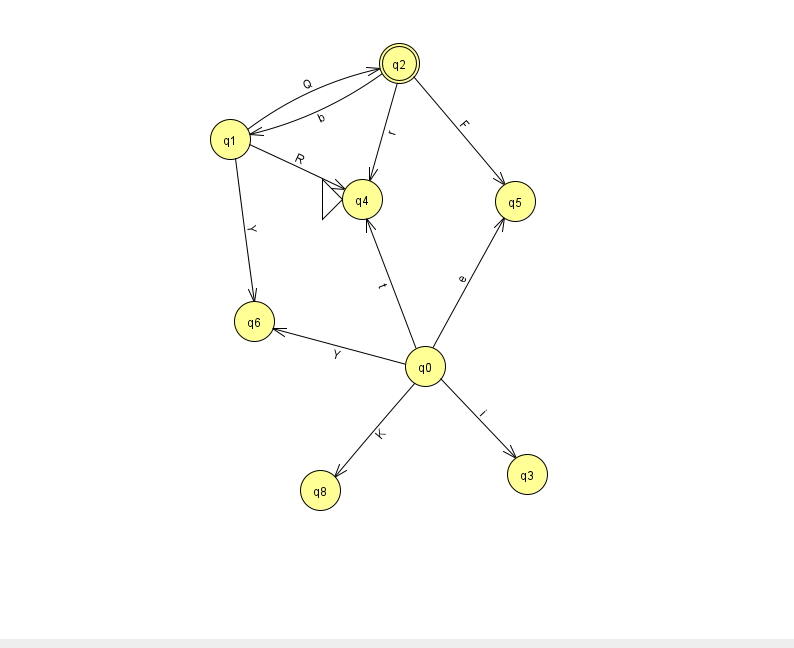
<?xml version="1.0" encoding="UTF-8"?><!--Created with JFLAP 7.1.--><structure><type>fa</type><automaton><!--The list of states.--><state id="0" name="q0"><x>425.0</x><y>353.0</y></state><state id="1" name="q1"><x>230.0</x><y>126.0</y></state><state id="2" name="q2"><x>399.0</x><y>50.0</y><final/></state><state id="3" name="q3"><x>527.0</x><y>461.0</y></state><state id="4" name="q4"><x>362.0</x><y>186.0</y><initial/></state><state id="5" name="q5"><x>515.0</x><y>188.0</y></state><state id="6" name="q6"><x>254.0</x><y>308.0</y></state><state id="8" name="q8"><x>320.0</x><y>477.0</y></state><!--The list of transitions.--><transition><from>1</from><to>2</to><read>Q</read></transition><transition><from>1</from><to>6</to><read>Y</read></transition><transition><from>0</from><to>4</to><read>t</read></transition><transition><from>2</from><to>1</to><read>b</read></transition><transition><from>0</from><to>8</to><read>K</read></transition><transition><from>2</from><to>5</to><read>F</read></transition><transition><from>0</from><to>6</to><read>Y</read></transition><transition><from>0</from><to>3</to><read>i</read></transition><transition><from>0</from><to>5</to><read>e</read></transition><transition><from>1</from><to>4</to><read>R</read></transition><transition><from>2</from><to>4</to><read>r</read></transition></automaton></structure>